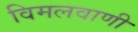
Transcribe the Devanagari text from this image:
विमलवाणी